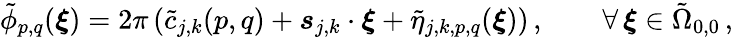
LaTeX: \tilde{\phi}_{p,q}(\boldsymbol{\xi})=2\pi\left(\tilde{c}_{j,k}(p,q)+\boldsymbol{s}_{j,k}\cdot\boldsymbol{\xi}+\tilde{\eta}_{j,k,p,q}(\boldsymbol{\xi})\right)\, ,\qquad\forall\, \boldsymbol{\xi}\in\tilde{\Omega}_{0,0}\, ,